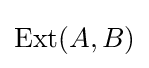
\operatorname {Ext} (A,B)